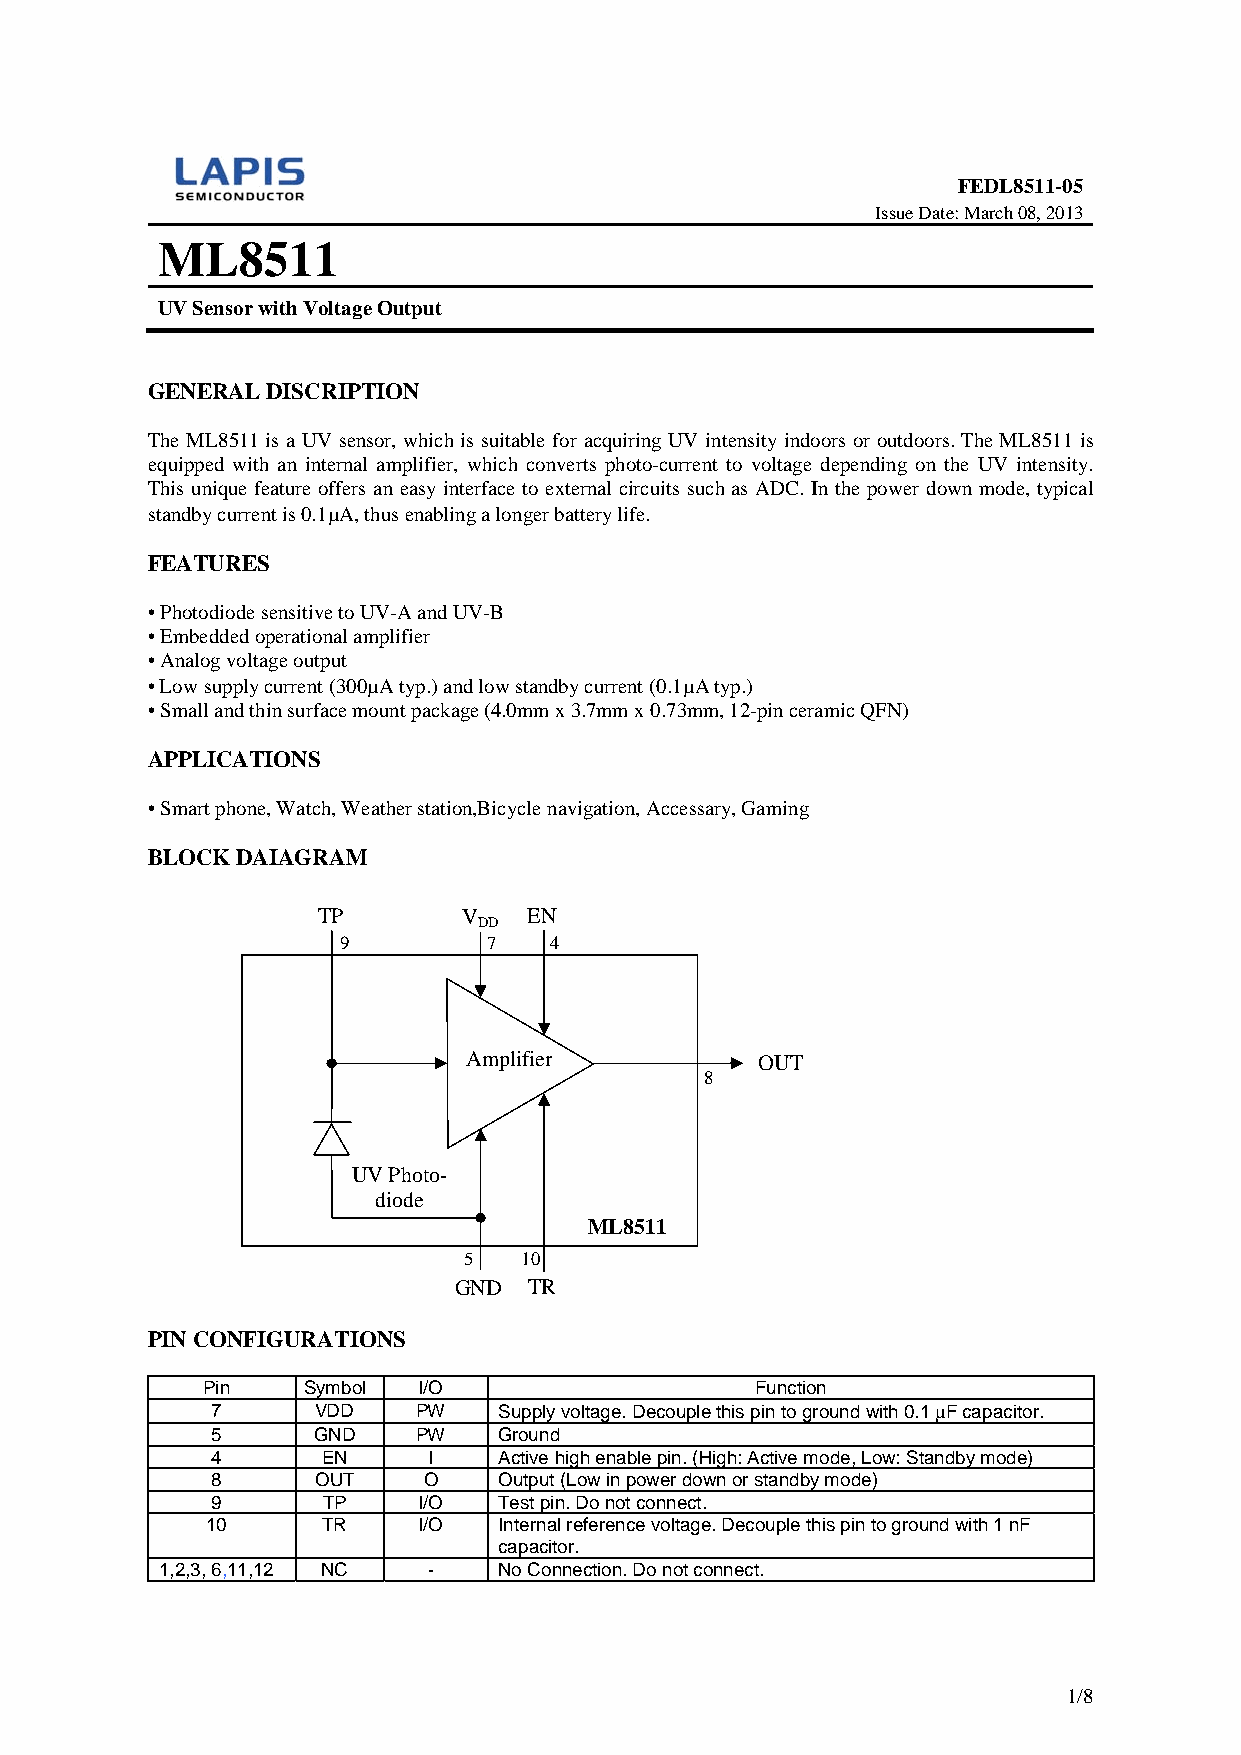
FEDL8511-05
 Issue Date: March 08, 2013
 ML8511
 UV Sensor with Voltage Output
 GENERAL DISCRIPTION
 The ML8511 is a UV sensor, which is suitable for acquiring UV intensity indoors or outdoors. The ML8511 is
 equipped with an internal amplifier, which converts photo-current to voltage depending on the UV intensity.
 This unique feature offers an easy interface to external circuits such as ADC. In the power down mode, typical
 standby current is 0.1A, thus enabling a longer battery life.
 FEATURES
 • Photodiode sensitive to UV-A and UV-B
 • Embedded operational amplifier
 • Analog voltage output
 • Low supply current (300A typ.) and low standby current (0.1A typ.)
 • Small and thin surface mount package (4.0mm x 3.7mm x 0.73mm, 12-pin ceramic QFN)
 APPLICATIONS
 • Smart phone, Watch, Weather station,Bicycle navigation, Accessary, Gaming
 BLOCK DAIAGRAM
 TP        V   EN
 DD
 9         7   4
 Amplifier          OUT
 8
 UV Photo-
 diode
 ML8511
 5  10
 GND  TR
 PIN CONFIGURATIONS
 Pin    Symbol  I/O                   Function
 7      VDD   PW    Supply voltage. Decouple this pin to ground with 0.1 F capacitor.
 5      GND   PW    Ground
 4      EN     I    Active high enable pin. (High: Active mode, Low: Standby mode)
 8      OUT    O    Output (Low in power down or standby mode)
 9      TP     I/O  Test pin. Do not connect.
 10     TR     I/O  Internal reference voltage. Decouple this pin to ground with 1 nF
 capacitor.
 1,2,3, 6,11,12 NC -   No Connection. Do not connect.
 1/8